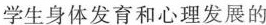
学生身体发育和心理发展的